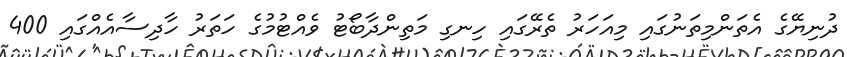
ދުނިޔޭގެ އެތަންމިތަނުގައި މިއަހަރު ތެރޭގައި ހިނގި މަތިންދާބޯޓު ވެއްޓުމުގެ ހަތަރު ހާދިސާއެއްގައި 400